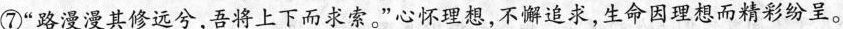
⑦”路漫漫其修远兮，吾将上下而求索。”心怀理想，不懈追求，生命因理想而精彩纷呈。